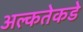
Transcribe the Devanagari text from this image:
अल्कतेकडे